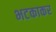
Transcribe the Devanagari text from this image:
भटकाकर